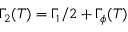
\Gamma _ { 2 } ( T ) = \Gamma _ { 1 } / 2 + \Gamma _ { \phi } ( T )